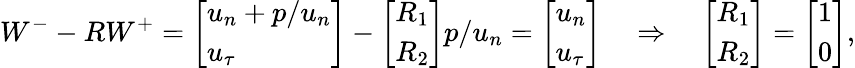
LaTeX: W^{-}-RW^{+}=\left[\begin{array}{l}{u_{n}+p/u_{n}}\\ {u_{\tau}}\end{array}\right]-\left[\begin{array}{l}{R_{1}}\\ {R_{2}}\end{array}\right]p/u_{n}=\left[\begin{array}{l}{u_{n}}\\ {u_{\tau}}\end{array}\right]\quad\Rightarrow\quad\left[\begin{array}{l}{R_{1}}\\ {R_{2}}\end{array}\right]=\left[\begin{array}{l}{1}\\ {0}\end{array}\right],